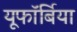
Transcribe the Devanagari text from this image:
यूफॉर्बिया